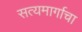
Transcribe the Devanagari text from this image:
सत्यमार्गाचा